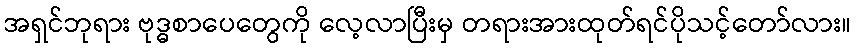
အရှင်ဘုရား ဗုဒ္ဓစာပေတွေကို လေ့လာပြီးမှ တရားအားထုတ်ရင်ပိုသင့်တော်လား။